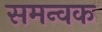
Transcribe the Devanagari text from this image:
समन्वक